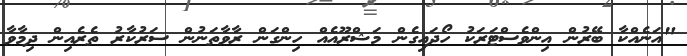
"އަނެއްކާ ބޭރުން އިންވެސްޓަރަކު ހޯދައިގެން މަޝްރޫއެއް ހިންގަން ރާވާތަނުން ސަރުކާރު ތެރެއިން ދިމާވާ